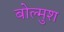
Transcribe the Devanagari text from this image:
बोल्मुश